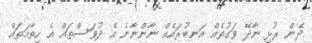
ދެން ރުޅި ނާދޭ ވަގުތެއް އަނބުރައެއް ނާންނާނެ އެ ދުވަސްތައް އެ ހިތާމަތައް